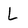
Character: L